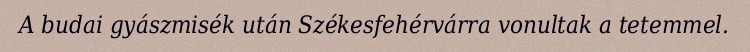
A budai gyászmisék után Székesfehérvárra vonultak a tetemmel.